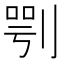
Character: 㓵